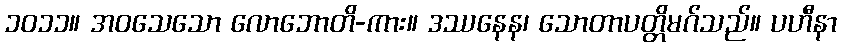
၁၀၁၁။ အဝသေသော လောဘောတိ-ကား။ ဒဿနေန၊ သောတာပတ္တိမဂ်သည်။ ပဟီနာ